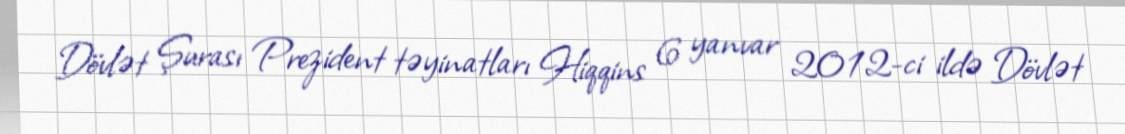
Dövlət Şurası Prezident təyinatları Hiqqins 6 yanvar 2012-ci ildə Dövlət